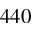
4 4 0